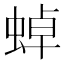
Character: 𧌸